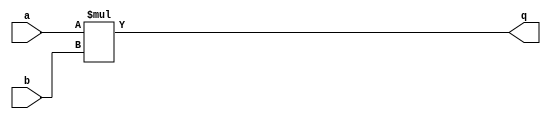
`timescale 1ns / 1ps

module mul #(parameter WIDTH = 32) (
    input wire [WIDTH - 1 : 0] a,
    input wire [WIDTH - 1 : 0] b,
    output wire [WIDTH - 1 : 0] q
);
    assign q = a * b;
endmodule